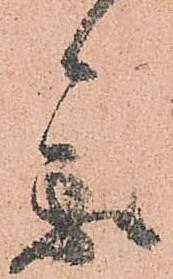
参